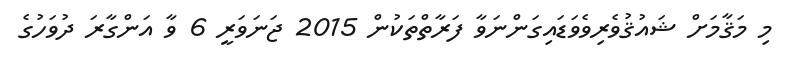
މި މަޤާމަށް ޝައުޤުވެރިވެވަޑައިގަންނަވާ ފަރާތްތަކުން 2015 ޖަނަވަރީ 6 ވާ އަންގާރަ ދުވަހުގެ